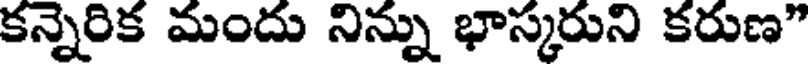
కన్నెరిక మందు నిన్ను భాస్కరుని కరుణ"